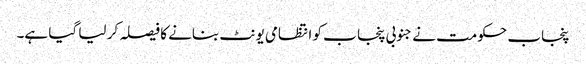
پنجاب حکومت نے جنوبی پنجا ب کو انتظامی یونٹ بنانے کا فیصلہ کر لیا گیا ہے۔